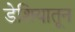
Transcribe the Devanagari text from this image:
डेशियातून